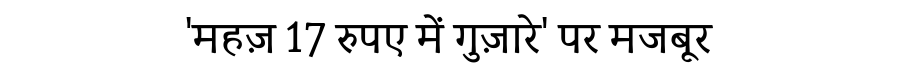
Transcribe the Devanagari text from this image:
'महज़ 17 रुपए में गुज़ारे' पर मजबूर